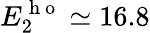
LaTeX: E_{2}^{\mathrm{~h~o~}}\simeq 16.8